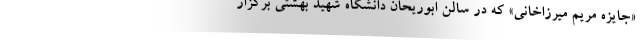
«جایزه مریم میرزاخانی» که در سالن ابوریحان دانشگاه شهید بهشتی برگزار